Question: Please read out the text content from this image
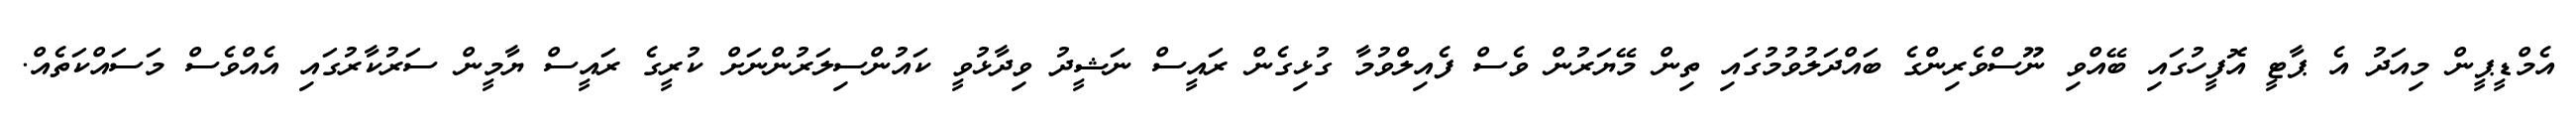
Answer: އެމްޑީޕީން މިއަދު އެ ޕާޓީ އޮފީހުގައި ބޭއްވި ނޫސްވެރިންގެ ބައްދަލުވުމުގައި ތިން މޭޔަރުން ވެސް ފެއިލްވުމާ ގުޅިގެން ރައީސް ނަޝީދު ވިދާޅުވީ ކައުންސިލަރުންނަށް ކުރީގެ ރައީސް ޔާމީން ސަރުކާރުގައި އެއްވެސް މަސައްކަތެއް.